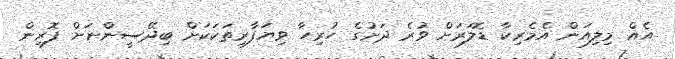
އެއް މިލިއަން އެމެރިކާ ޑޮލަރަށް ވުރެ ދަށުގެ ހުރިހާ ވިޔަފާރިތަކަކަށް ބިދޭސީންނަށް ފޮރިން